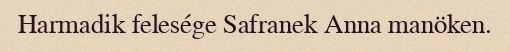
Harmadik felesége Safranek Anna manöken.